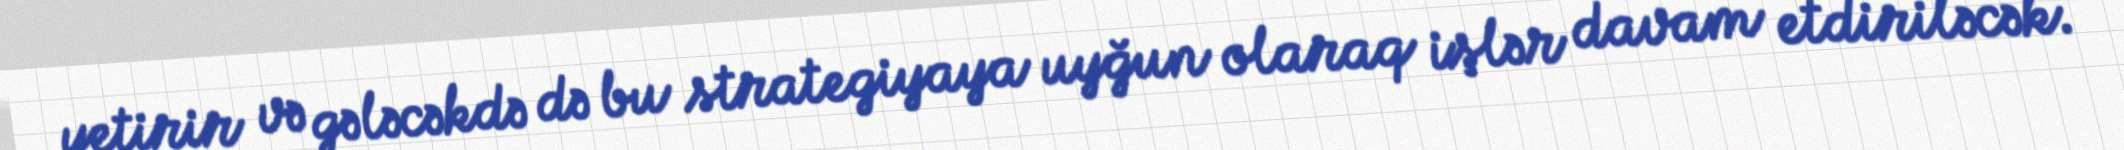
yetirir və gələcəkdə də bu strategiyaya uyğun olaraq işlər davam etdiriləcək.